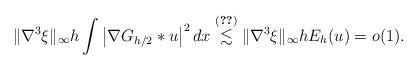
LaTeX: \begin{align*}\| \nabla^3 \xi \|_\infty h \int \left|\nabla G_{h/2}\ast u\right|^2 dx \stackrel{\eqref{D and E easy}}{\lesssim } \| \nabla^3 \xi \|_\infty h E_h(u) =o(1).\end{align*}